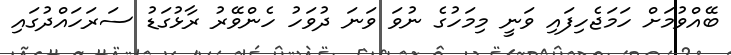
ބޭއްވުމަށް ހަމަޖެހިފައި ވަނީ މިމަހުގެ ނުވަ ވަނަ ދުވަހު ހެންވޭރު ރާޅުގަޑު ސަރަހައްދުގައި